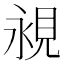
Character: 𧠧